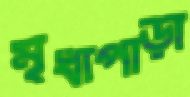
মৃধাপাড়া